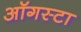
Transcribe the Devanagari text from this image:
ऑगस्‍टा